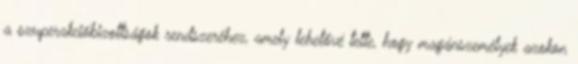
a szuperakcióbizottságok rendszeréhez, amely lehetővé tette, hogy magánszemélyek azokon